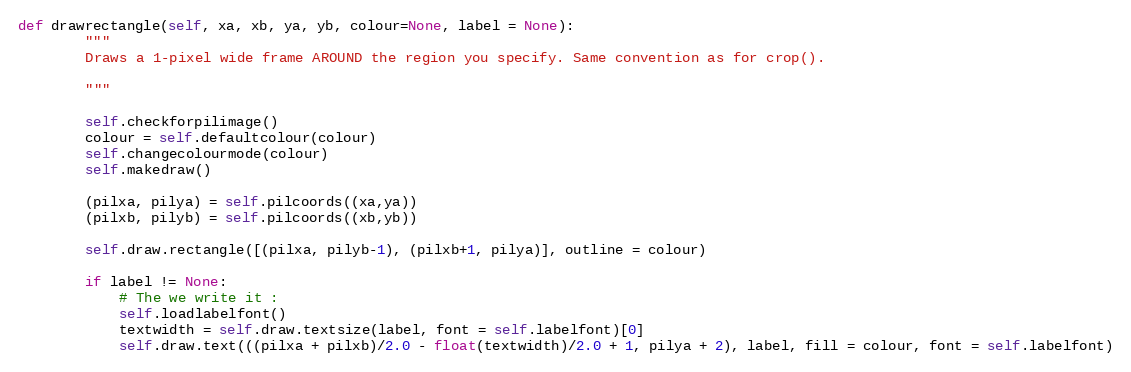
Language: Python
def drawrectangle(self, xa, xb, ya, yb, colour=None, label = None):
        """
        Draws a 1-pixel wide frame AROUND the region you specify. Same convention as for crop().

        """

        self.checkforpilimage()
        colour = self.defaultcolour(colour)
        self.changecolourmode(colour)
        self.makedraw()

        (pilxa, pilya) = self.pilcoords((xa,ya))
        (pilxb, pilyb) = self.pilcoords((xb,yb))

        self.draw.rectangle([(pilxa, pilyb-1), (pilxb+1, pilya)], outline = colour)

        if label != None:
            # The we write it :
            self.loadlabelfont()
            textwidth = self.draw.textsize(label, font = self.labelfont)[0]
            self.draw.text(((pilxa + pilxb)/2.0 - float(textwidth)/2.0 + 1, pilya + 2), label, fill = colour, font = self.labelfont)